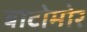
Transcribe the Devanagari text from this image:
बाटोमोर